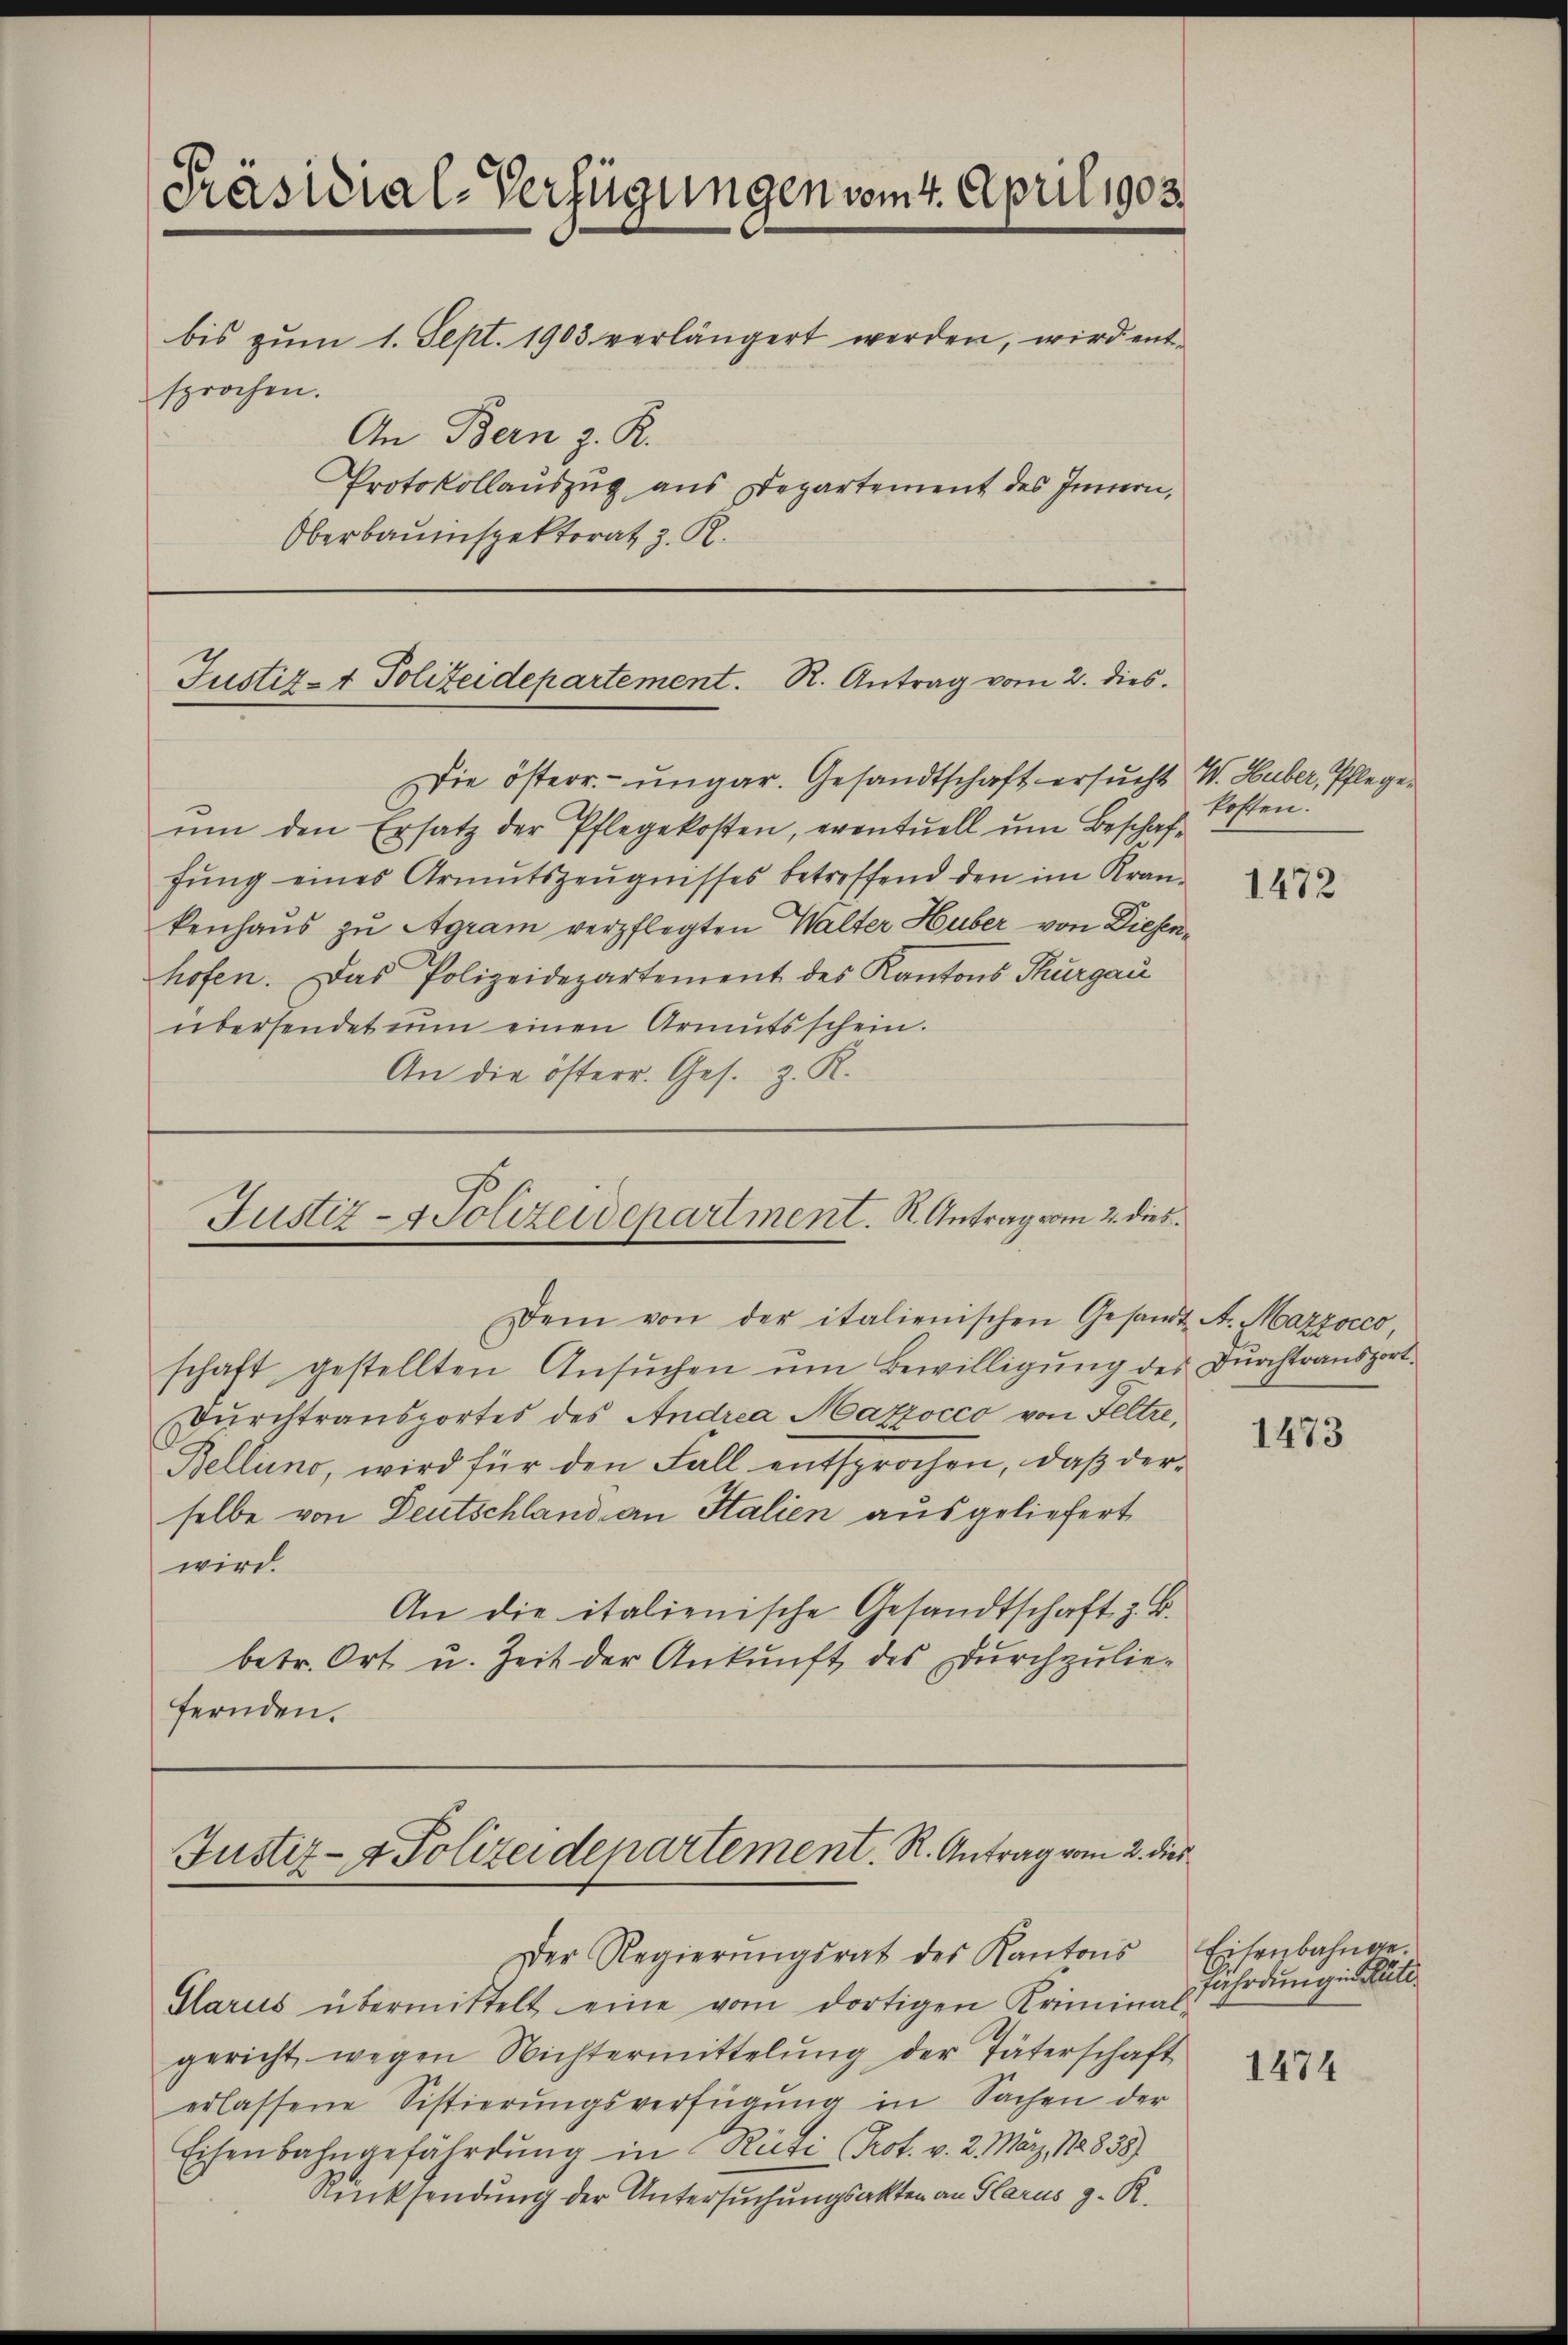
Präsidial-Verfügungen vom 4. April 1903.
bis zum 1. Sept. 1903 verlängert werden, wird entsprochen.
An Bern z. R.
Protokollauszug aus Departement des Innern,
Oberbauinspektorat z. R.

Justiz- & Polizeidepartement. R. Antrag vom 2. dies

Justiz- & Polizeidepartment. R. Antrag vom 2. dies

Die österr. ungar. Gesandtschaft ersucht W. Huber, Pflegeŭm den Ersatz der Pflegekosten, eventuell um Beschaffŭng eines Armutszeŭgnisses betreffend den im Kran-
kenhaus zu Agram verpflegten Walter Huber von Diesenhofen. Das Polizeidepartement des Kantons Thurgau
übersendet nun einen Armutsschein.
An die österr. Ges. z. R.

Dem von der italienischen Gesandt A. Marzocco
schaft gestellten Ansŭchen ŭm Bewilligŭng des Dŭrchtransport-
Durchtransportes des Andrea Marzocco von Feltre¬
Bellino, wird für den Fall entsprochen, daß derselbe von Deutschland an Salien ausgeliefert
wird.
An die italienische Gesandtschaft z. B.
betr. Ort u. Zeit der Ankunft des dŭrchzulie-
fernden.

Justiz- & Polizeidepartement. R. Antrag vom 2. dies
Der Regierŭngsrat des Kantons

Glarus übermittelt eine vom dortigen Kriminal-
gericht wegen Nichtermittelŭng der Täterschaft
erlassene Sistierungsverfügung in Sachen der
Eisenbahngefährdung in Ricti (Prot. v. 2. März 18838)
Rücksendung der Untersuchungsakten an Glarus z. R.

kosten.

1472

1473

Eisenbahnge¬
Jahrdung in Rutt

1474